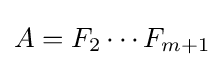
A=F_{2}\cdots F_{m+1}